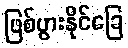
ဖြစ်ပွားနိုင်ခြေ